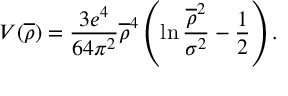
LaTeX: V ( \overline { { { \rho } } } ) = \frac { 3 e ^ { 4 } } { 6 4 \pi ^ { 2 } } \overline { { { \rho } } } ^ { 4 } \left( \ln \frac { \overline { { { \rho } } } ^ { 2 } } { \sigma ^ { 2 } } - \frac { 1 } { 2 } \right) .